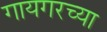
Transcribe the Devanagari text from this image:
गायगरच्या